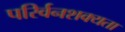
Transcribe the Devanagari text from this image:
परिर्वनशक्यता